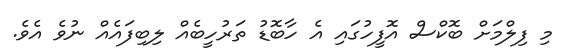
މި ފިލްމަށް ބޮކްސް އޮފީހުގައި އެ ހާބޮޑު ތަރުހީބެއް ލިބިފައެއް ނުވެ އެވެ.